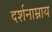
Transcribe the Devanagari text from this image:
दर्शनाम्नाय